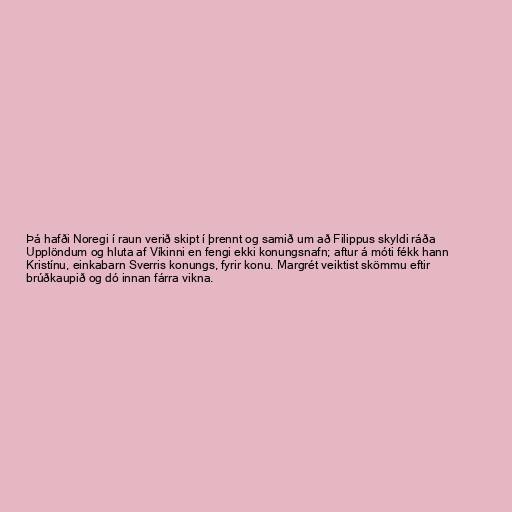
Þá hafði Noregi í raun verið skipt í þrennt og samið um að Filippus skyldi ráða
Upplöndum og hluta af Víkinni en fengi ekki konungsnafn; aftur á móti fékk hann
Kristínu, einkabarn Sverris konungs, fyrir konu. Margrét veiktist skömmu eftir
brúðkaupið og dó innan fárra vikna.